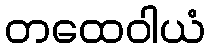
တထေဝါယံ